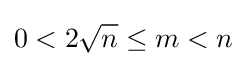
0<2{\sqrt {n}}\leq m<n